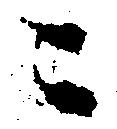
ニ